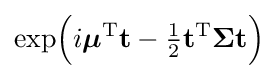
\exp \!{\Big (}i{\boldsymbol {\mu }}^{\mathrm {T} }\mathbf {t} -{\tfrac {1}{2}}\mathbf {t} ^{\mathrm {T} }{\boldsymbol {\Sigma }}\mathbf {t} {\Big )}